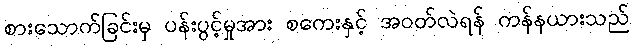
စားသောက်ခြင်းမှ ပန်းပွင့်မှုအား စကေးနှင့် အဝတ်လဲရန် ကန်နယားသည်